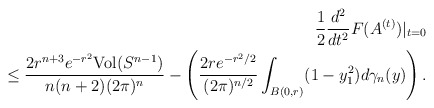
\begin{align*}\frac{1}{2}\frac{d^{2}}{dt^{2}}F(A^{(t)})|_{t=0}\\\leq\frac{2r^{n+3}e^{-r^{2}}\mathrm{Vol}(S^{n-1})}{n(n+2)(2\pi)^{n}}-\left(\frac{2re^{-r^{2}/2}}{(2\pi)^{n/2}}\int_{B(0,r)}(1-y_{1}^{2})d\gamma_{n}(y)\right).\end{align*}